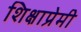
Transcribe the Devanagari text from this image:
शिक्षाप्रेमी